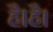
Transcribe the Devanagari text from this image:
है।है।